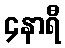
၄နာရီ